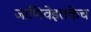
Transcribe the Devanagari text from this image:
जाणिवेइतकेच